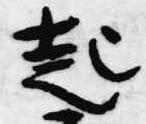
起